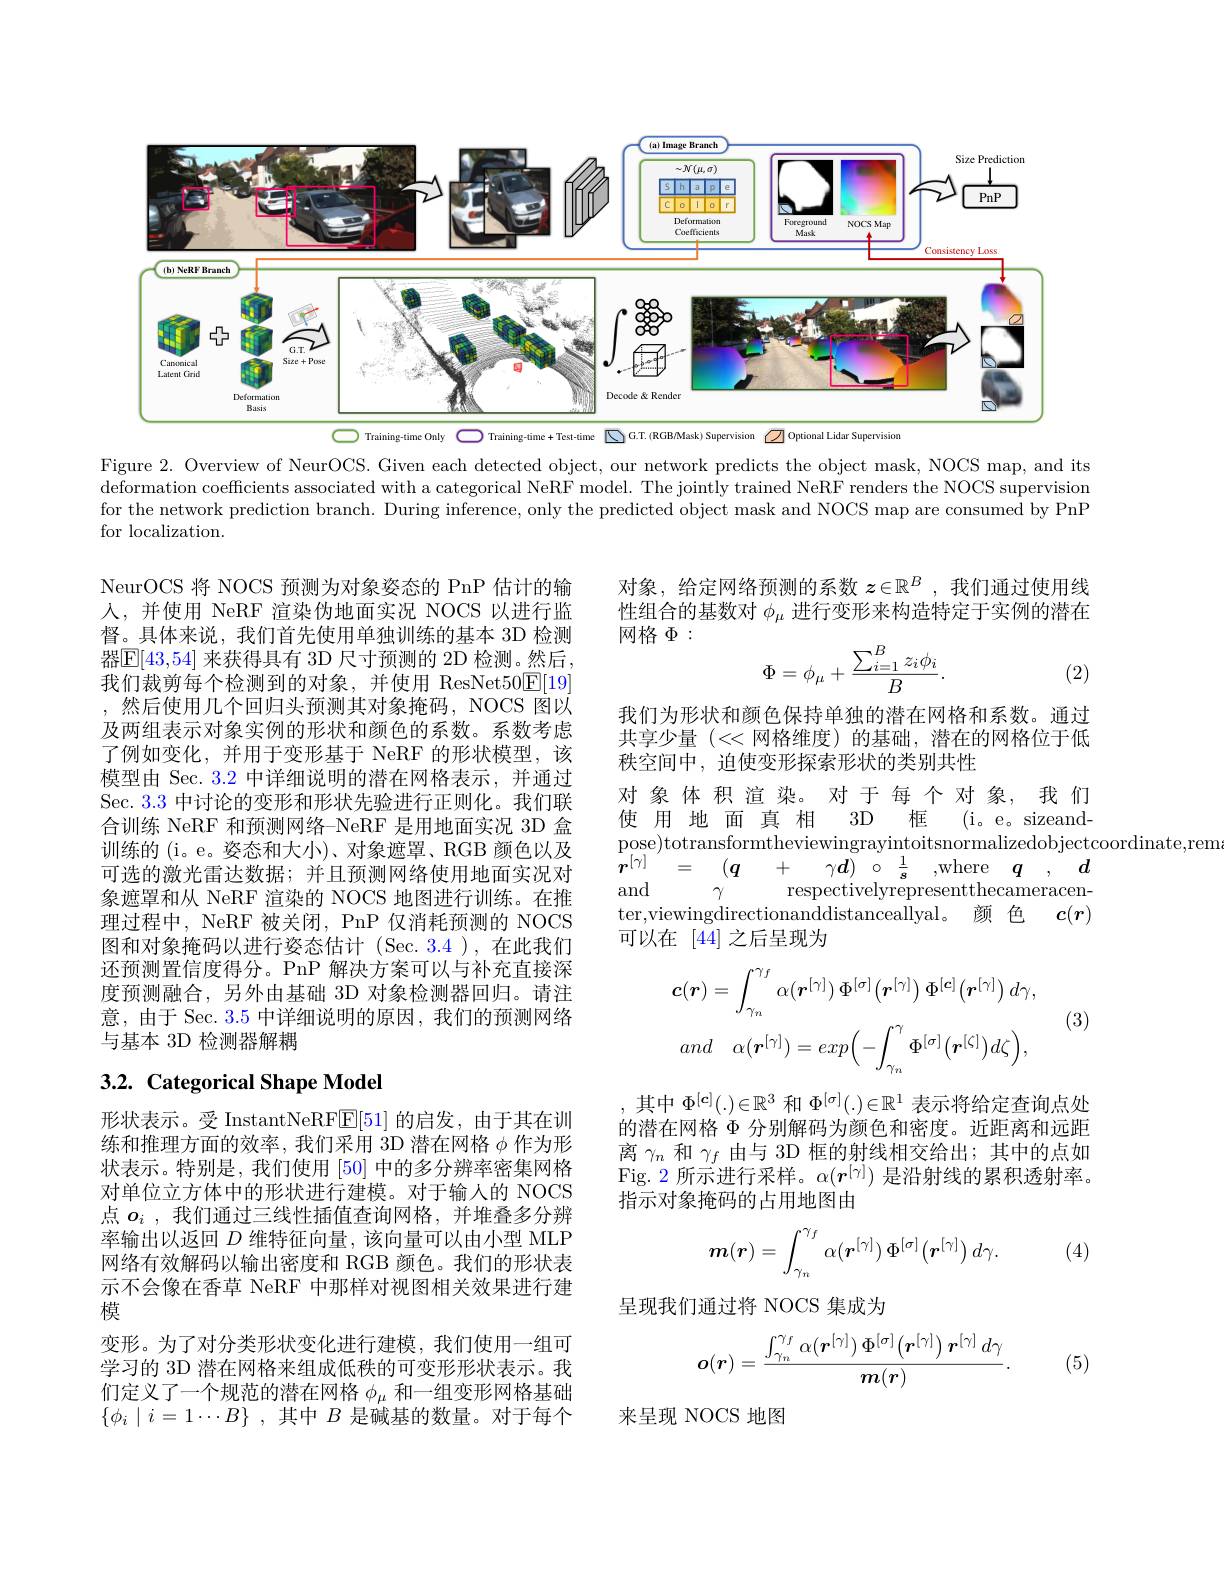
<FigureHere>

Figure 2. Overview of NeurOCS. Given each detected object, our network predicts the object mask, NOCS map, and its deformation coefficients associated with a categorical NeRF model. The jointly trained NeRF renders the NOCS supervision for the network prediction branch. During inference, only the predicted object mask and NOCS map are consumed by PnP for localization.

NeurOCS 将 NOCS 预测为对象姿态的 PnP 估计的输人，并使用 NeRF 渲染伪地面实况 NOCS 以进行监督。具体来说，我们首先使用单独训练的基本 3D 检测器$\mathbb{E}[43,54]$ 来获得具有 3D 尺寸预测的 2D 检测。然后， 我们裁剪每个检测到的对象，并使用 ResNet$50\underline{\mathrm{E}}[19]$ ,然后使用几个回归头预测其对象掩码，NOCS 图以及两组表示对象实例的形状和颜色的系数。系数考虑了例如变化，并用于变形基于 NeRF 的形状模型，该模型由 Sec. 3.2 中详细说明的潜在网格表示，并通过Sec. 3.3 中讨论的变形和形状先验进行正则化。我们联合训练 NeRF 和预测网络-NeRF 是用地面实况 3D 盒训练的 (i。e。姿态和大小)、对象遮罩、RGB 颜色以及可选的激光雷达数据；并且预测网络使用地面实况对象遮罩和从 NeRF 渲染的 NOCS 地图进行训练。在推理过程中，NeRF 被关闭，PnP 仅消耗预测的 NOCS 图和对象掩码以进行姿态估计(Sec.3.4),在此我们还预测置信度得分。PnP 解决方案可以与补充直接深度预测融合，另外由基础 3D 对象检测器回归。请注意，由于 Sec. 3.5 中详细说明的原因，我们的预测网络与基本 3D 检测器解耦

## 3.2. Categorical Shape Model

形状表示。受 InstantNeRF[51]的启发，由于其在训练和推理方面的效率，我们采用 3D 潜在网格$\phi$作为形状表示。特别是，我们使用[50]中的多分辨率密集网格对单位立方体中的形状进行建模。对于输人的 NOCS 点$o_i$ ,我们通过三线性插值查询网格，并堆叠多分辨率输出以返回$D$维特征向量，该向量可以由小型 MLP 网络有效解码以输出密度和 RGB 颜色。我们的形状表示不会像在香草 NeRF 中那样对视图相关效果进行建模
变形。为了对分类形状变化进行建模，我们使用一组可学习的 3D 潜在网格来组成低秩的可变形形状表示。我们定义了一个规范的潜在网格$\phi_\mathrm{\mu}$和一组变形网格基础$\{ \phi _i\mid i= 1\cdots B\}$ ,其中$B$是碱基的数量。对于每个

对象，给定网络预测的系数$z\in\mathbb{R}^B$ ,我们通过使用线性组合的基数对$\phi_\mu$进行变形来构造特定于实例的潜在网格$\Phi:$
$$\Phi=\phi_\mu+\frac{\sum_{i=1}^Bz_i\phi_i}{B}.$$
(2)

我们为形状和颜色保持单独的潜在网格和系数。通过共享少量 (<<网格维度)的基础，潜在的网格位于低秩空间中，迫使变形探索形状的类别共性

对象体积渲染。对于每个对象，我们
$3D$
使用地面真相
框
( i。e。sizeand-
pose)totransformtheviewingrayintoitsnormalizedobjectcoordinate,rem
${\overline {r}^{[ \gamma ] }}$ = $( \boldsymbol{q}$ +
$\gamma \boldsymbol{d})$ $\circ$ $\frac 1s$
,where $q$ , $d$
and
respectivelyrepresentthecameracen-
$\gamma$

ter,viewingdirectionanddistanceallyal。颜 色$c(r)$
可以在[44]之后呈现为

(3)
$$c(\boldsymbol{r})=\int_{\gamma_{n}}^{\gamma_{f}}\alpha(\boldsymbol{r}^{[\gamma]})\:\Phi^{[\sigma]}\big(\boldsymbol{r}^{[\gamma]}\big)\:\Phi^{[c]}\big(\boldsymbol{r}^{[\gamma]}\big)\:d\gamma,\\and\quad\alpha(\boldsymbol{r}^{[\gamma]})=exp\Big(-\int_{\gamma_{n}}^{\gamma}\Phi^{[\sigma]}\big(\boldsymbol{r}^{[\zeta]}\big)d\zeta\Big),$$
其中$\Phi^{[\boldsymbol{c}]}(.)\in\mathbb{R}^3$和$\Phi^[\sigma](.)\in\mathbb{R}^1$表示将给定查询点处的潜在网格$\Phi$ 分别解码为颜色和密度。近距离和远距离$\gamma_n$和$\gamma_f$由与 3D 框的射线相交给出；其中的点如Fig. 2 所示进行采样。$\alpha(\boldsymbol{r}^[\gamma])$是沿射线的累积透射率。指示对象掩码的占用地图由
$$\boldsymbol{m}(\boldsymbol{r})=\int_{\gamma_n}^{\gamma_f}\alpha(\boldsymbol{r}^{[\gamma]})\:\Phi^{[\sigma]}\big(\boldsymbol{r}^{[\gamma]}\big)\:d\gamma.$$
(4)

呈现我们通过将 NOCS 集成为
$$\boldsymbol{o}(\boldsymbol{r})=\frac{\int_{\gamma_n}^{\gamma_f}\alpha(\boldsymbol{r}^{[\gamma]})\:\Phi^{[\sigma]}(\boldsymbol{r}^{[\gamma]})\:\boldsymbol{r}^{[\gamma]}\:d\gamma}{\boldsymbol{m}(\boldsymbol{r})}.$$
(5)

来呈现 NOCS 地图